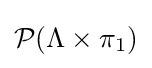
{\mathcal {P}}(\Lambda \times \pi _{1})